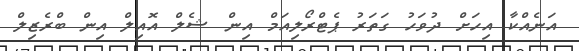
އަނެއްކާ އިހަށް ދުވަހު ގަތަރު ޕެޓްރޯލިއަމް އިން ޝެލް އޮއިލް އިން ބްރެޒިލް